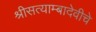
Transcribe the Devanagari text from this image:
श्रीसत्याम्बादेवीचे